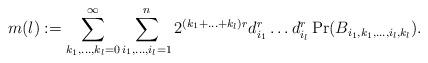
LaTeX: \begin{align*}m(l):=\sum_{k_1,\ldots,k_l=0}^{\infty}\sum_{i_1,\ldots,i_l=1}^n 2^{(k_1+\ldots+k_l)r}d_{i_1}^r\ldots d_{i_l}^r\Pr(B_{i_1,k_1,\ldots,i_l,k_l}).\end{align*}